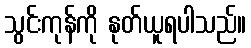
သွင်းကုန်ကို နုတ်ယူရပါသည်။